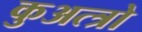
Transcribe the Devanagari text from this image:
कुअत्त्रो